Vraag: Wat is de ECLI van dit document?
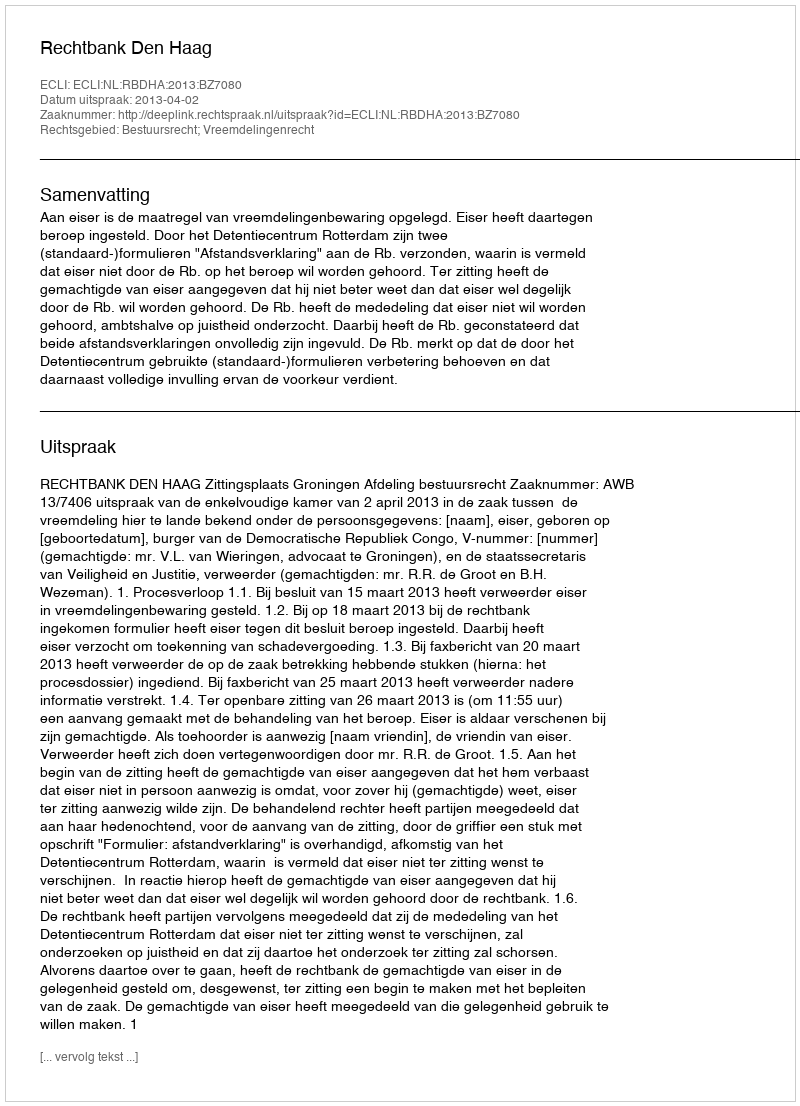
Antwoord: ECLI:NL:RBDHA:2013:BZ7080